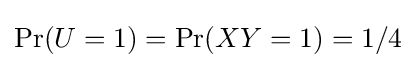
\Pr(U=1)=\Pr(XY=1)=1/4